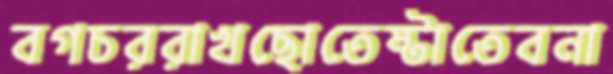
বগচররাখছোতেষ্টাতেবনা